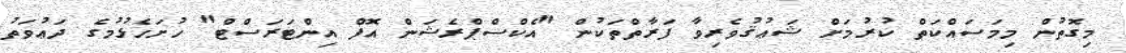
މިގޮތުން މިމަސައްކަތް ކުރުމަށް ޝަޢުޤުވެރިވާ ފަރާތްތަކުން "އެކްސްޕްރެޝަން އޮފް އިންޓަރަސްޓް" ހުށަހެޅުމުގެ ދަޢުވަތު